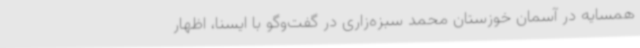
همسایه در آسمان خوزستان محمد سبزه‌زاری در گفت‌وگو با ایسنا، اظهار